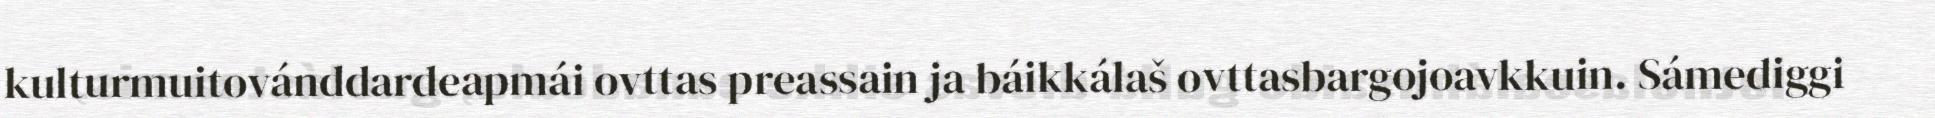
kulturmuitovánddardeapmái ovttas preassain ja báikkálaš ovttasbargojoavkkuin. Sámediggi